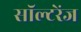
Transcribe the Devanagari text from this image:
सॉल्टरेंज